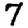
Digit: 7